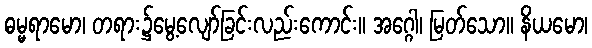
ဓမ္မရာမော၊ တရား၌မွေ့လျော်ခြင်းလည်းကောင်း။ အဂ္ဂေါ၊ မြတ်သော။ နိယမော၊